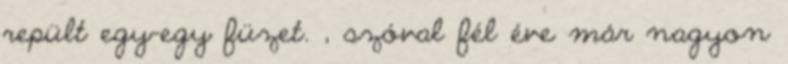
repült egy-egy füzet. , szóval fél éve már nagyon